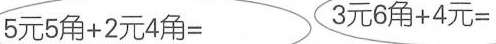
$$5 元 5 角 + 2 元 4 角 =$$ $$3 元 6 角 + 4 元 =$$